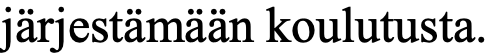
järjestämään koulutusta.